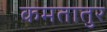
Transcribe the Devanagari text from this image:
कमतातुर